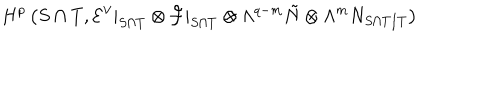
H ^ { p } \left( { S \cap T } , { \cal E } ^ { \vee } | _ { S \cap T } \otimes { \cal F } | _ { S \cap T } \otimes \Lambda ^ { q - m } \tilde { N } \otimes \Lambda ^ { m } N _ { S \cap T / T } \right)